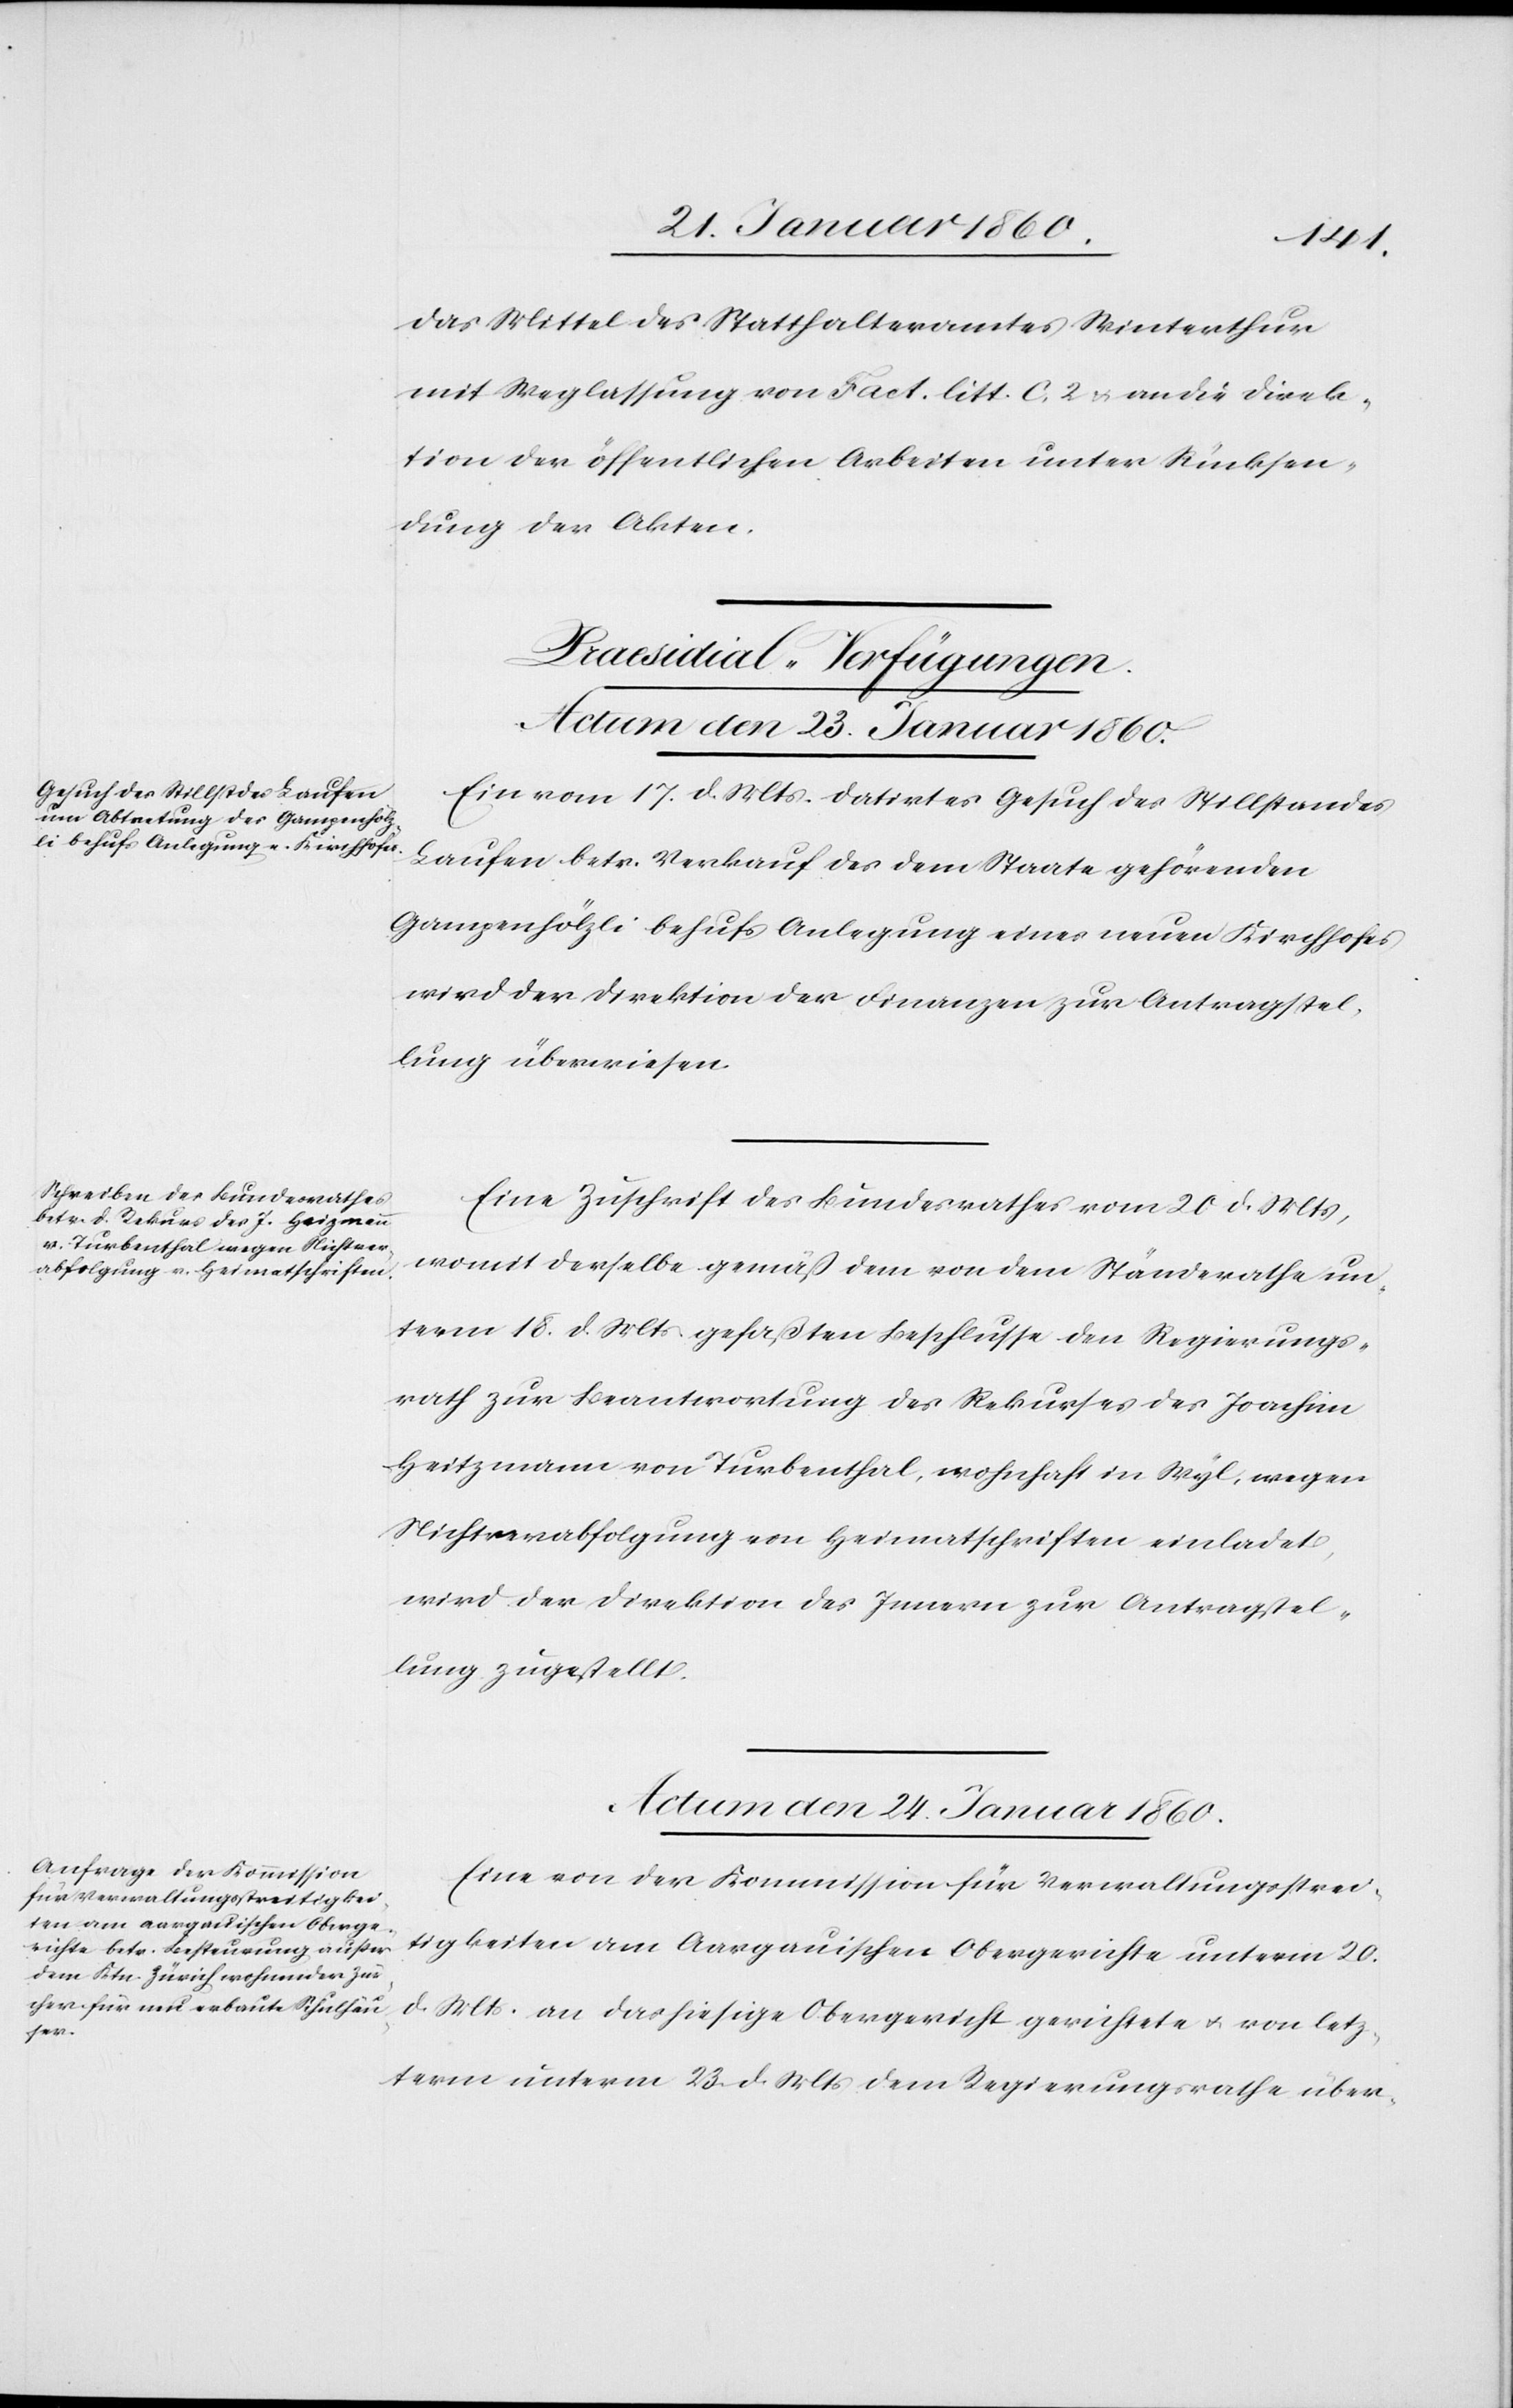
das Mittel des Statthalteramtes Winterthur
mit Weglassung von Fact. litt c. 2. u. an die Direk¬
tion der öffentlichen Arbeiten unter Rücksen¬
dung der Akten.
[Praesidial-Verfügungen.]
Actum den 23. Januar 1860.]
Ein vom 17. d. Mts. datirtes Gesuch des Stillstandes
Laufen betr. Verkauf des dem Staate gehörenden
Gampenhölzli behufs Anlegung eines neuen Kirchhofes
wird der Direktion der Finanzen zur Antragstel¬
lung überwiesen.
Eine Zuschrift des Bundesrathes vom 20. d. Mts.,
womit derselbe gemäß dem von dem Ständerathe un¬
term 18. d. Mts. gefaßten Beschlusse den Regierungs¬
rath zur Beantwortung des Rekurses des Joachim
Heitzmann von Turbenthal, wohnhaft in Wyl, wegen
Nichtverabfolgung von Heimatschriften einladet,
wird der Direktion des Innern zur Antragstel¬
lung zugestellt.
Actum den 24. Januar 1860.
Eine von der Kommission für Verwaltungsstrei¬
tigkeiten am Aargauischen Obergerichte unterm 20.
d. Mts. an das hiesige Obergericht gerichtete u. von letz¬
term unterm 23. d. Mts. dem Regierungsrathe über-